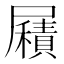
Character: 𡳮